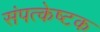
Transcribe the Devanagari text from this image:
संपत्केष्टक